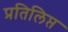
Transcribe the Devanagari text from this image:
प्रतिलिप्त